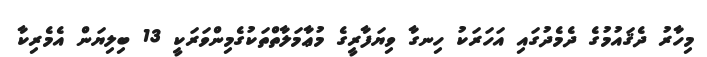
މިހާރު ދެޤައުމުގެ ދެމެދުގައި އަހަރަކު ހިނގާ ވިޔަފާރީގެ މުޢާމަލާތްތަކުގެމިންވަރަކީ 13 ބިލިޔަން އެމެރިކާ